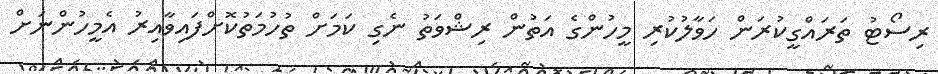
ރިސޯޓު ތަރައްގީކުރަން ހަވާލުކުރި މީހުންގެ އަތުން ރިޝްވަތު ނެގި ކަމަށް ތުހުމަތުކޮށްފައިވާއިރު އެމީހުންނަށް